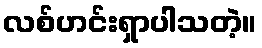
လစ်ဟင်းရှာပါသတဲ့။